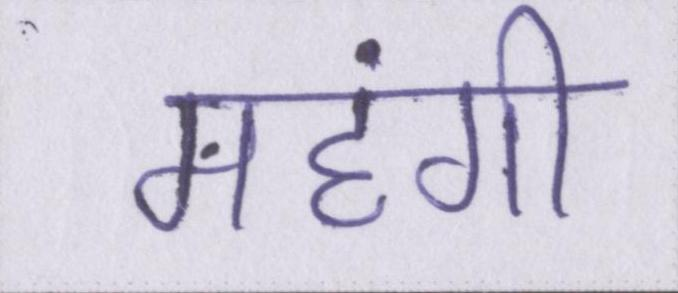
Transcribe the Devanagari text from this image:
महंगी